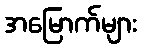
အမြောက်များ